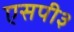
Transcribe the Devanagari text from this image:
एसपी३